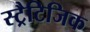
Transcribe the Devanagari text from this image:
स्ट्रैटिजिक